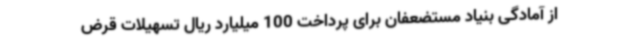
از آمادگی بنیاد مستضعفان برای پرداخت 100 میلیارد ریال تسهیلات قرض